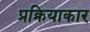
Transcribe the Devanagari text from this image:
प्रक्रियाकार